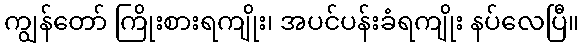
ကျွန်တော် ကြိုးစားရကျိုး၊ အပင်ပန်းခံရကျိုး နပ်လေပြီ။